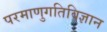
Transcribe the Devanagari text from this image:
परमाणुगतिविज्ञान